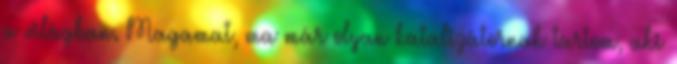
a világban. Magamat, ma már olyan katalizátornak tartom, aki